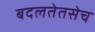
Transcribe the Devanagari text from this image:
बदलतेतसेच